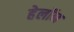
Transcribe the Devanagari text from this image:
हेलॉन